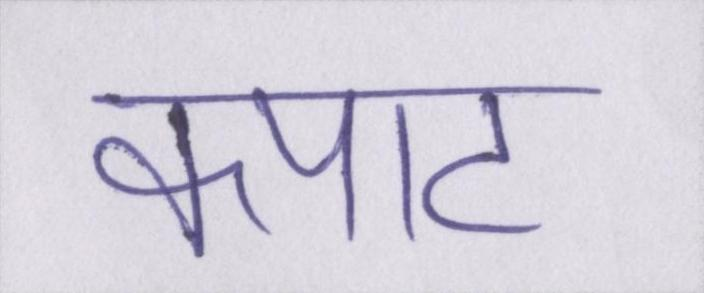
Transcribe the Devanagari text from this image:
कपाट